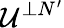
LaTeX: \mathcal{U}^{\perp N^{\prime}}